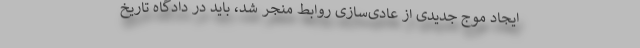
ایجاد موج جدیدی از عادی‌سازی روابط منجر شد، باید در دادگاه تاریخ